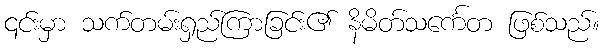
၎င်းမှာ သက်တမ်းရှည်ကြာခြင်း၏ နိမိတ်သင်္ကေတ ဖြစ်သည်။